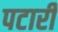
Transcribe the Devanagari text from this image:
पटारी